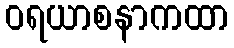
ဝရယာစနာကထာ